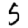
Digit: 5